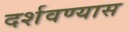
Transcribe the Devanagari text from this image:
दर्शवण्यास